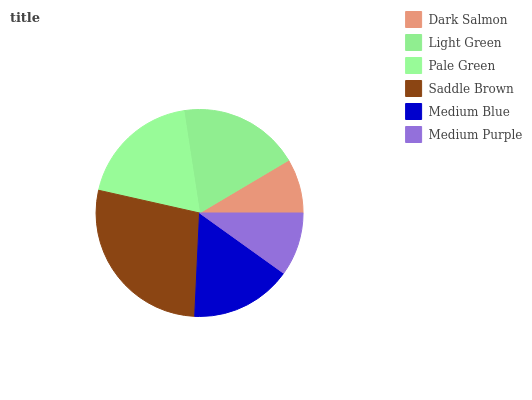
| Dark Salmon | Light Green | Pale Green | Saddle Brown | Medium Blue | Medium Purple |
 | --- | --- | --- | --- | --- | --- |
 | 8.5% | 18.9% | 19.1% | 27.8% | 15.8% | 9.88% |